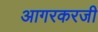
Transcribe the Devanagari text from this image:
आगरकरजी